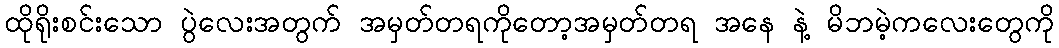
ထိုရိုးစင်းသော ပွဲလေးအတွက် အမှတ်တရကိုတော့အမှတ်တရ အနေ နဲ့ မိဘမဲ့ကလေးတွေကို